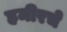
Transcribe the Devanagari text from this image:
हमीरचे